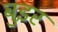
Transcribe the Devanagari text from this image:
बुइर